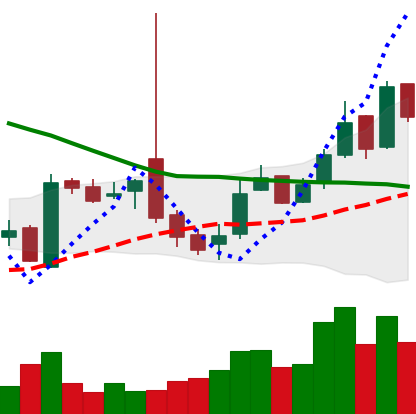
Ticker: LTC-USD
Chart end date: 2016-10-30
Forward return: -3.845%
Label: down_3_5